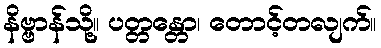
နိဗ္ဗာန်သို့။ ပတ္တန္တော၊ တောင့်တလျက်။